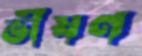
ভীষণ